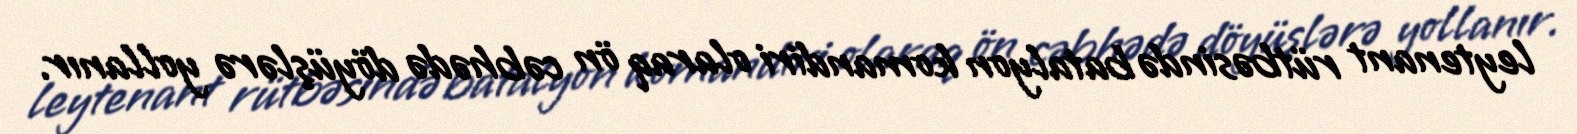
leytenant rütbəsində batalyon komandiri olaraq ön cəbhədə döyüşlərə yollanır.